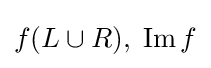
f(L\cup R),\;\operatorname {Im} f